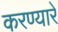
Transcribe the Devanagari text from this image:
करण्यारे